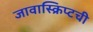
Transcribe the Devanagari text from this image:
जावास्क्रिप्टची